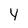
Character: y